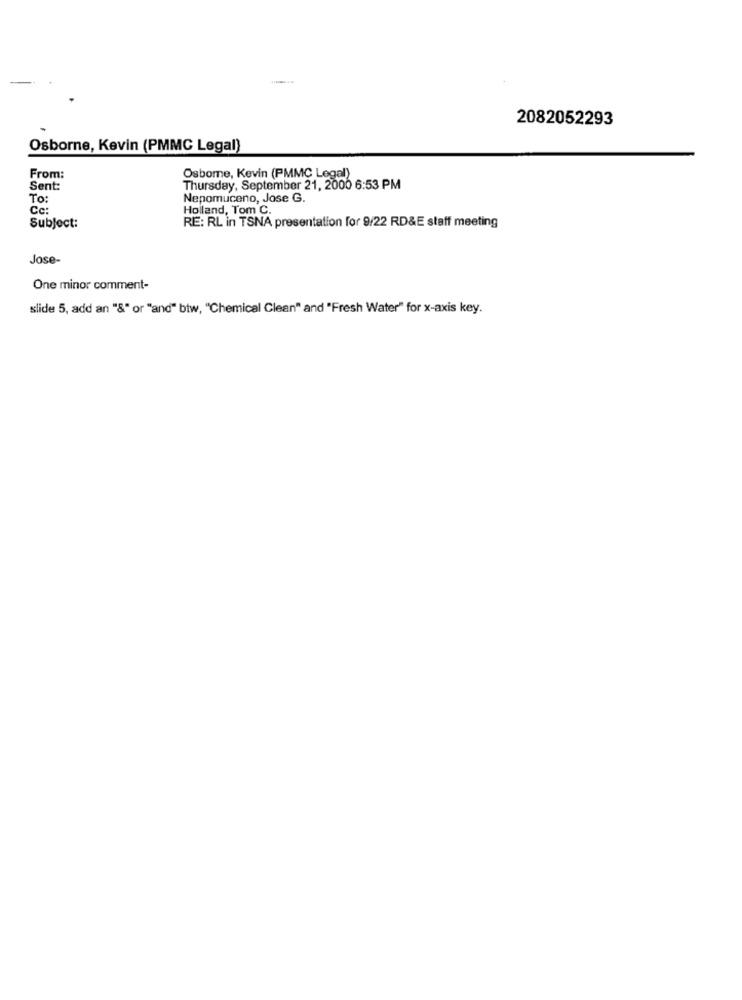
2082052293
Osborne, Kevin (PMMC Legal)
From:
Osbome, Kevin (PMMC Legal)
Sent:
Thursday, September 21, 2000 6:53 PM
To:
Nepomuceno, Jose G.
Cc:
Holland, Tom C.
Subject:
RE: RL in TSNA presentation for 9/22 RD&E staff meeting
Jose-
One minor comment-
slide 5, add an "&" or "and" btw, "Chemical Clean" and "Fresh Water" for x-axis key.